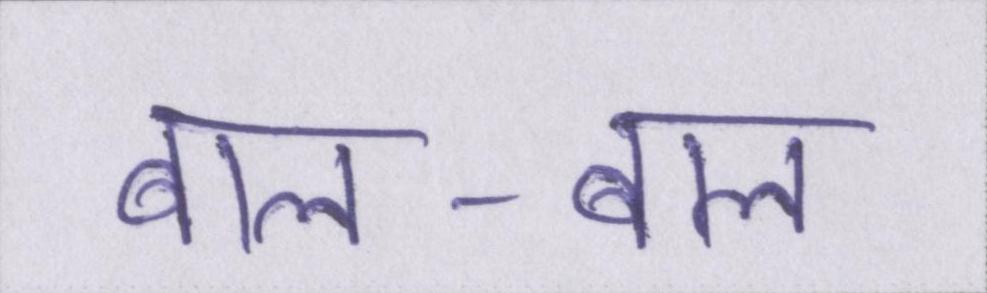
बाल-बाल